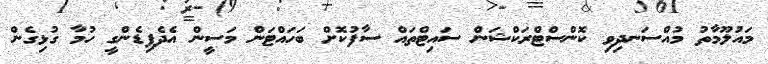
މައުލޫމާތު މުއްސަނދިވި ކޮންސްޓްރަކްޝަން ސައިޓްތައް ސާފުކޮށް ބަހައްޓަން މަސީން އެދެފިޑެންގީ ހުމާ ގުޅިގެން